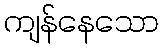
ကျန်နေသော